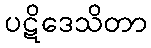
ပဋိဒေသိတာ